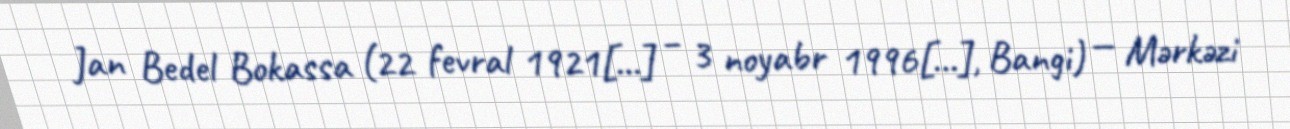
Jan Bedel Bokassa (22 fevral 1921[…] – 3 noyabr 1996[…], Bangi) — Mərkəzi